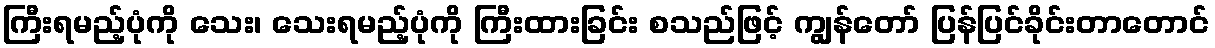
ကြီးရမည့်ပုံကို သေး၊ သေးရမည့်ပုံကို ကြီးထားခြင်း စသည်ဖြင့် ကျွန်တော် ပြန်ပြင်ခိုင်းတာတောင်